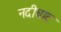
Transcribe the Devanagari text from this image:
नदीघाट